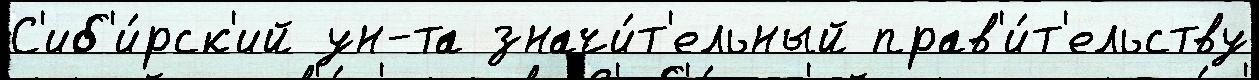
С'иб'и́рск'ий ун-та значи́т'ельный прав'и́т'ельству